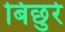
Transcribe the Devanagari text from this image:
बिछुरे